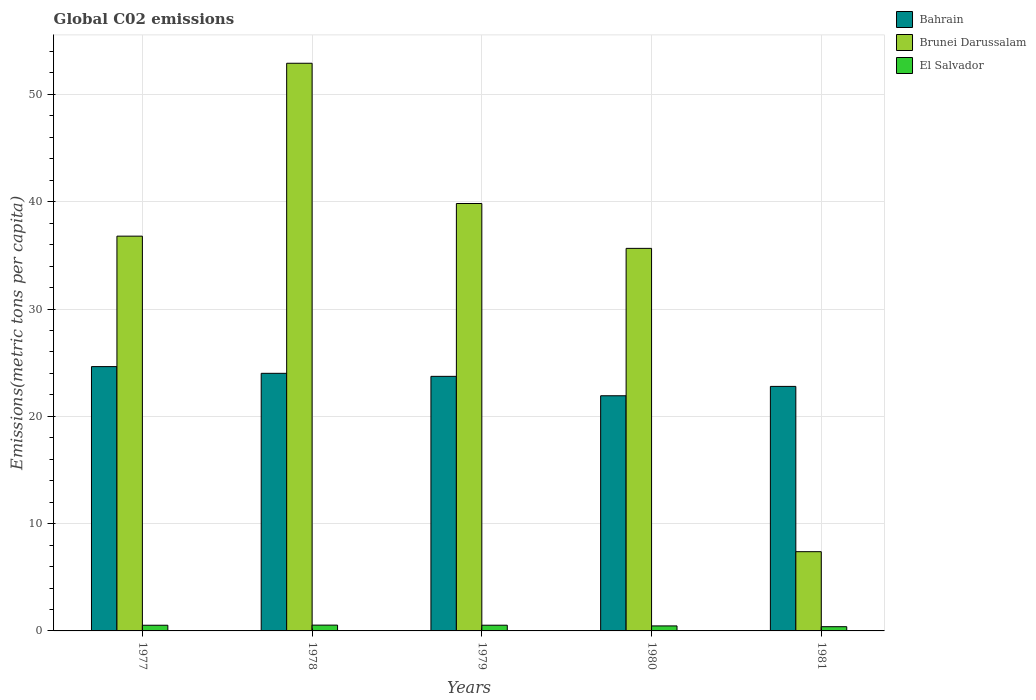
| Years | Bahrain | Brunei Darussalam | El Salvador |
 | --- | --- | --- | --- |
 | 1977 | 24.6 | 36.8 | 0.529 |
 | 1978 | 24 | 52.9 | 0.541 |
 | 1979 | 23.7 | 39.8 | 0.531 |
 | 1980 | 21.9 | 35.7 | 0.466 |
 | 1981 | 22.8 | 7.38 | 0.394 |